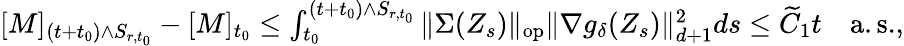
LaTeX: \begin{array}{r}{[M]_{(t+t_{0})\wedge S_{r,t_{0}}}-[M]_{t_{0}}\leq\int_{t_{0}}^{(t+t_{0})\wedge S_{r,t_{0}}}\| \Sigma(Z_{s})\| _{\mathrm{op}}\| \nabla g_{\delta}(Z_{s})\| _{d+1}^{2}ds\leq\widetilde C_{1}t\quad\mathrm{a.s.},}\end{array}